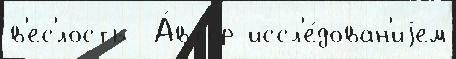
в'ес'́лость  А́втор иссл'е́дован'иjем